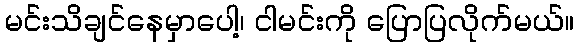
မင်းသိချင်နေမှာပေါ့၊ ငါမင်းကို ပြောပြလိုက်မယ်။